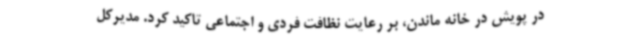
در پویش در خانه ماندن، بر رعایت نظافت فردی و اجتماعی تاکید کرد. مدیرکل